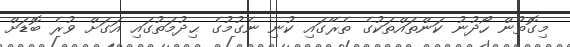
މިގޮތުން ހޯދުނު ކަންތައްތަކުގެ ތެރޭގައި ކުނި ނެގުމުގެ ޙިދުމަތުގައި އަގަށް ވުރެ ބޮޑަށް